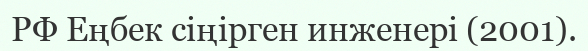
РФ Еңбек сіңірген инженері (2001).